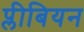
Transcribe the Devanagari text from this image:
प्लीबियन